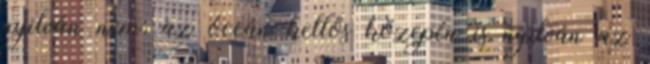
nyilván nem: az óceán kellős közepén is nyilván az